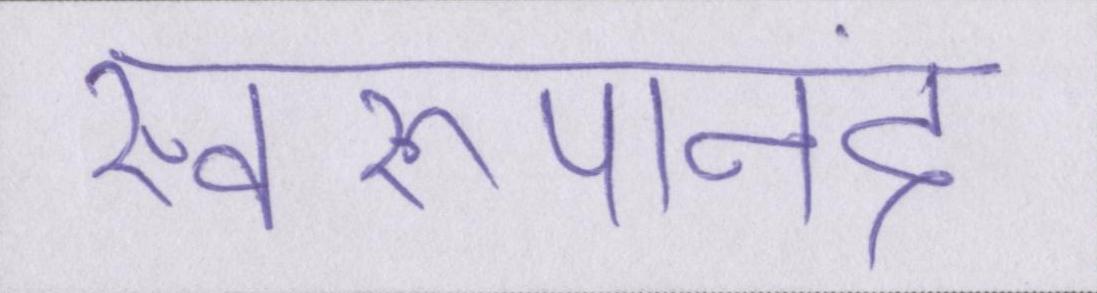
स्वरूपानंद